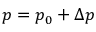
p = p _ { 0 } + \Delta p